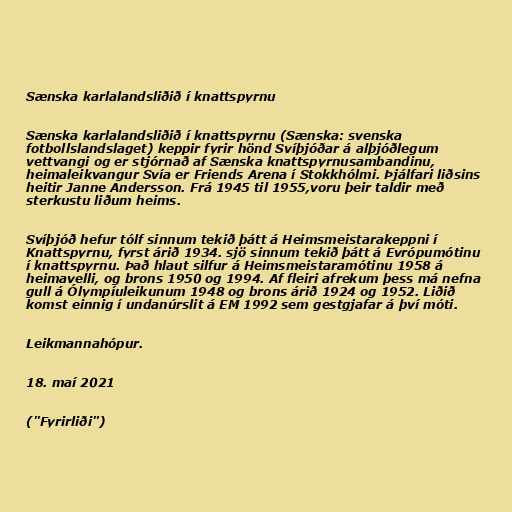
Sænska karlalandsliðið í knattspyrnu

Sænska karlalandsliðið í knattspyrnu (Sænska: svenska
fotbollslandslaget) keppir fyrir hönd Svíþjóðar á alþjóðlegum
vettvangi og er stjórnað af Sænska knattspyrnusambandinu,
heimaleikvangur Svía er Friends Arena í Stokkhólmi. Þjálfari liðsins
heitir Janne Andersson. Frá 1945 til 1955,voru þeir taldir með
sterkustu liðum heims.

Svíþjóð hefur tólf sinnum tekið þátt á Heimsmeistarakeppni í
Knattspyrnu, fyrst árið 1934. sjö sinnum tekið þátt á Evrópumótinu
í knattspyrnu. Það hlaut silfur á Heimsmeistaramótinu 1958 á
heimavelli, og brons 1950 og 1994. Af fleiri afrekum þess má nefna
gull á Ólympíuleikunum 1948 og brons árið 1924 og 1952. Liðið
komst einnig í undanúrslit á EM 1992 sem gestgjafar á því móti.

Leikmannahópur.

18. maí 2021

("Fyrirliði")